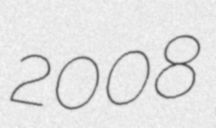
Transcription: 2008